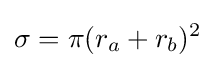
\sigma =\pi (r_{a}+r_{b})^{2}